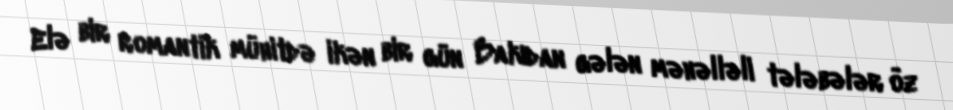
Elə bir romantik mühitdə ikən bir gün Bakıdan gələn məhəlləli tələbələr öz